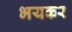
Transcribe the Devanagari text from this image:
भयकर